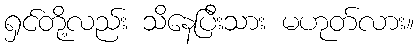
ရှင်တို့လည်း သိနေပြီးသား မဟုတ်လား။